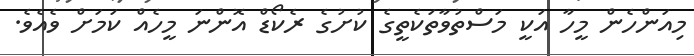
މިއަންހެން މީހާ އަކީ މަސްތުވާތަކެތީގެ ކުށުގެ ރެކޯޑް އޮންނަ މީހެއް ކަމަށް ވެއެވެ.